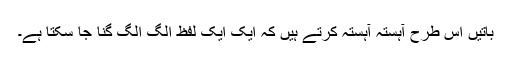
باتیں اس طرح آہستہ آہستہ کرتے ہیں کہ ایک ایک لفظ الگ الگ گنا جا سکتا ہے۔